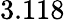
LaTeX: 3.118